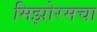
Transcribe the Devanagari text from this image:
मिझोरमचा